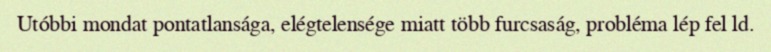
Utóbbi mondat pontatlansága, elégtelensége miatt több furcsaság, probléma lép fel ld.